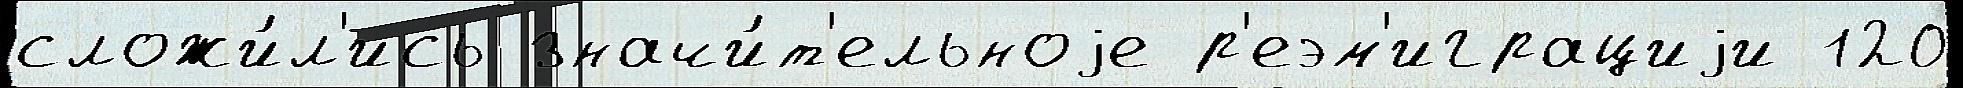
сложи́л'ись значи́т'ельноjе р'еэм'играциjи 120